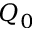
Q _ { 0 }